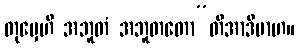
တုမှေဟိ အဘူတံ အဘူတတော”တိအာဒိမာဟ။